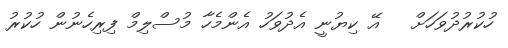
ހުކުރުދުވަހަށް   އޭ ކިޔުނީ އެދުވަހު އެންމެހާ މުސްލިމް ފިރިހެނުން ހުކުރު